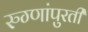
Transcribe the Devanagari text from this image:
रुग्णांपुरती